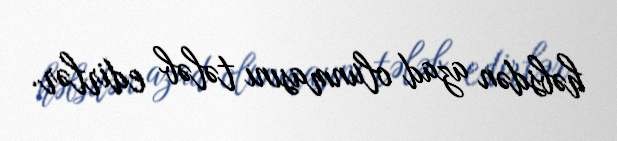
həbsdən azad olunmasını tələb edirlər.